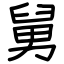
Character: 舅